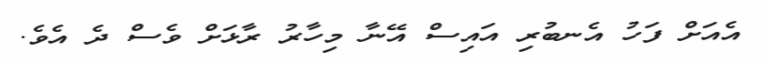
އެއަށް ފަހު އެނބުރި އައިސް އޭނާ މިހާރު ރާޅަށް ވެސް ދެ އެވެ.